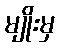
မျိုးမှ